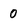
Character: 0